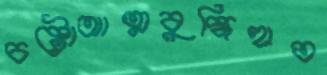
চষ্টোআত্মবুদ্ধিহাত